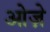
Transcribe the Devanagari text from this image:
ओज़े